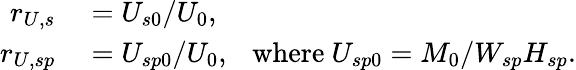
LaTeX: \begin{array}{rl}{r_{U,s}}&{{}=U_{s0}/U_{0},}\\ {r_{U,sp}}&{{}=U_{sp0}/U_{0},\mathrm{~~~where~}U_{sp0}=M_{0}/W_{sp}H_{sp}.}\end{array}